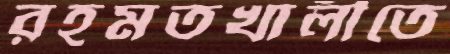
রহমতখালীতে